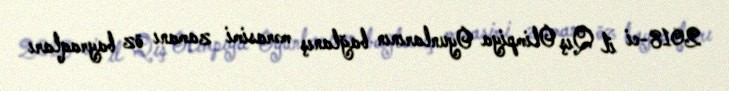
2018-ci il Qış Olimpiya Oyunlarının bağlanış mərasimi zamanı öz bayraqları